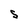
Character: S